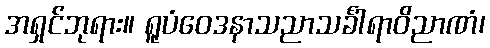
အရှင်ဘုရား။ ရူပံဝေဒနာသညာသင်္ခါရာဝိညာဏံ၊